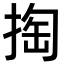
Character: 掏